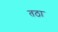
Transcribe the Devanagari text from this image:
तठा